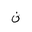
Letter: _non